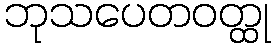
ဘုသပေတဝတ္ထု